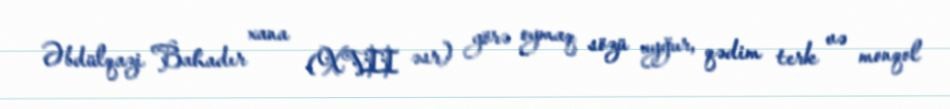
Əbdülqazi Bahadır xana (XVII əsr) görə oymaq sözü uyğur, qədim terk və monqol